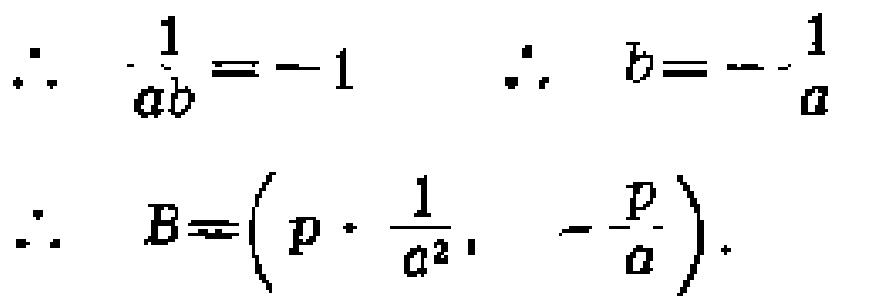
\[
\begin{align*}
\therefore\quad \frac{1}{ab}&=-1\quad\therefore\quad b = -\frac{1}{a}\\
\therefore\quad B&=\left(p\cdot\frac{1}{a^{2}},-\frac{p}{a}\right).
\end{align*}
\]